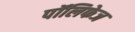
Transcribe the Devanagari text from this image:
पॉलिफेज